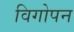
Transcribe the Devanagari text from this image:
विगोपन